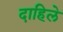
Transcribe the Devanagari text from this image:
दाहिले